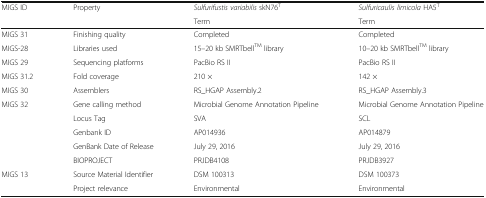
| <ROWSPAN=2> MIGS ID | <ROWSPAN=2> Property | Sulfurifustis variabilis skN76T | Sulfuricaulis limicola HA5T |
 | Term | Term |
 | --- | --- | --- | --- |
 | MIGS 31 | Finishing quality | Completed | Completed |
 | MIGS-28 | Libraries used | 15–20 kb SMRTbellTM library | 10–20 kb SMRTbellTM library |
 | MIGS 29 | Sequencing platforms | PacBio RS II | PacBio RS II |
 | MIGS 31.2 | Fold coverage | 210 × | 142 × |
 | MIGS 30 | Assemblers | RS_HGAP Assembly.2 | RS_HGAP Assembly.3 |
 | MIGS 32 | Gene calling method | Microbial Genome Annotation Pipeline | Microbial Genome Annotation Pipeline |
 |  | Locus Tag | SVA | SCL |
 |  | Genbank ID | AP014936 | AP014879 |
 |  | GenBank Date of Release | July 29, 2016 | July 29, 2016 |
 |  | BIOPROJECT | PRJDB4108 | PRJDB3927 |
 | MIGS 13 | Source Material Identifier | DSM 100313 | DSM 100373 |
 |  | Project relevance | Environmental | Environmental |